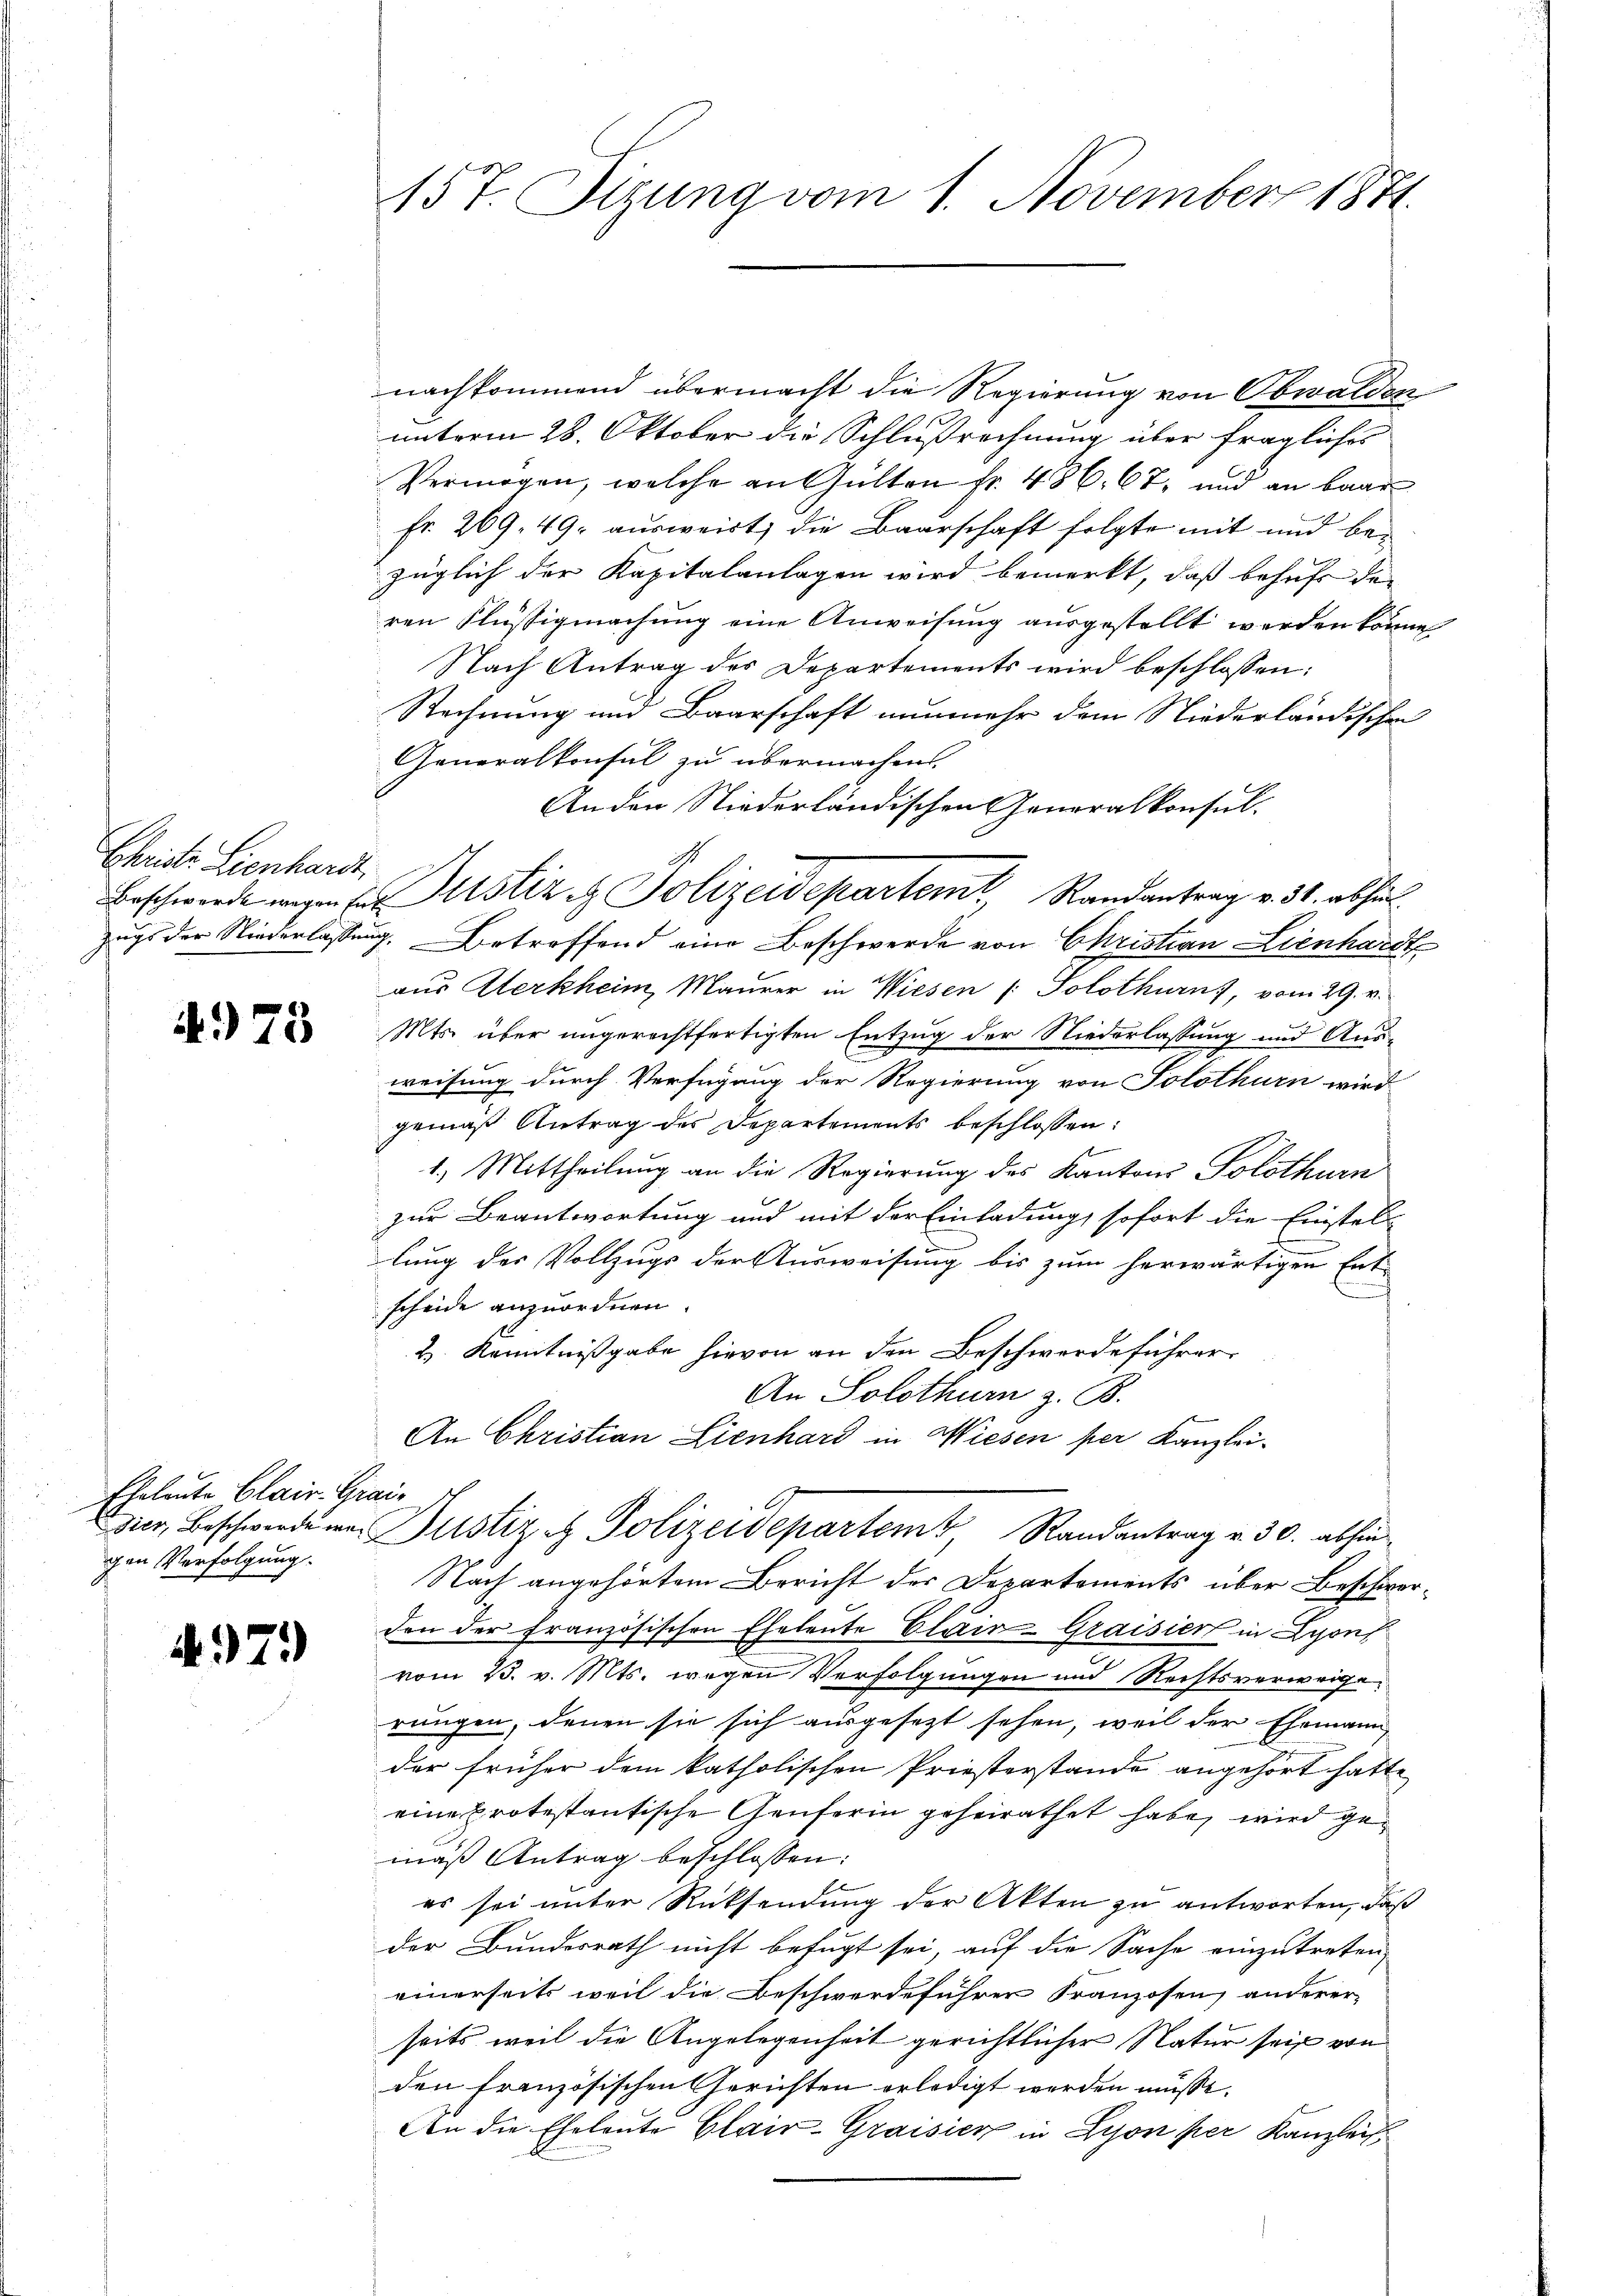
Christe Lienhardt.
Beschwerde wegen Ent¬
Zugs der Niederlassung

4973

Eheleute Clair Gra
dier, Beschwerde wegen Verfolgung.

497

)

157. Sizung vom 1. November 1871.

nachkommend übermacht die Regierung von Obwalden
unterm 28. Oktober die Schlußrechnung über fragliches
Vermögen, welche an Gülten fr. 486. 67, und an baar
Fr. 269. 49. ausweist, die Baarschaft folgte mit und bezüglich der Kapitalanlagen wird bemerkt, daß behufs der
ren Flüssigmachung eine Anweisung ausgestellt werden könne,
Nach Antrag der Departements wird beschlossen:
Rechnung und Baarschaft nunmehr dem Niederländischen
Generalkonsul zu übermachens
Anden Niederländischen Generalkonsul-
r. Betreffend eine Beschwerde von Christian Lienhardt
aus Aerkheim, Maurer in Wiesen (: Solothurn, vom 29. v.
Mts. über ungerechtfertigten Entzug der Niederlassung und Aus-
weisung durch Verfügung der Regierung von Solothurn wird
gemäß Antrag des Departements beschlossen:
b
1.) Mittheilung an die Regierung des Kantons Solothurn
zur Beantwortung und mit der Einladung, sofort die Einstell
lung der Vollzugs der Ausweisung bis zum herwärtigen Ent-
scheide anzuordnen.
H. Kenntnißgabe hievon an den Beschwerde führer.
An Solothur z. B.
An Christian Lienhard in Wiesen per Kanzlei-
2
Justiz & Polizeidepartem Randantrag v. 30. abhin
Nach angehörtem Bericht der Departements über Beschwerden der französischen Eheleute Clair-Graisiert in Lyon
vom 23. v. Mts. wegen Verfolgungen und Rechtsverweigerungen, denen sie sich ausgesezt sehen, weil der Ehemann
der früher dem katholischen Priesterstande angehört hatte
eine Protestantische Genferin geheirathet habe, wird gemäß Antrag beschlossen:
es sei unter Rücksendung der Akten zu antworten, daß
der Bundesrath nicht befugt sei, auf die Sache einzutreten,
einerseits weil die Beschwerdeführer Franzosen anderer
seits weil die Angelegenheit gerichtlicher Natur seit von
den französischen Gerichten erledigt werden müsse.
An die Eheleute Clair-Graisier in Lyon per Kanzlei

Dustiz & Polizeidepartem Randantrag v. 31. abhän